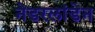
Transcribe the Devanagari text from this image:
नेडरलांडेन